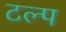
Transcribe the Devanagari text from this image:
टल्प